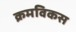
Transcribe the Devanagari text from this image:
क्रमविकस